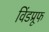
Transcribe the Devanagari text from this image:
विंडप्रूफ